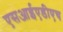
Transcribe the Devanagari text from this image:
एसआईएडीएच